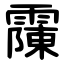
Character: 䨯